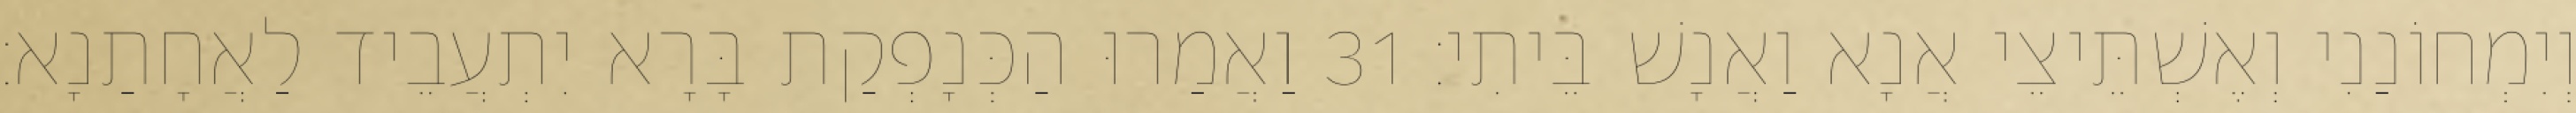
וְיִמְחוֹנַנִי וְאֶשְׁתֵּיצֵי אֲנָא וַאֲנָשׁ בֵּיתִי׃ 31 וַאֲמַרוּ הַכְּנָפְקַת בָּרָא יִתְעֲבֵיד לַאֲחָתַנָא׃